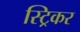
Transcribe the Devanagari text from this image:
स्ट्रिकर